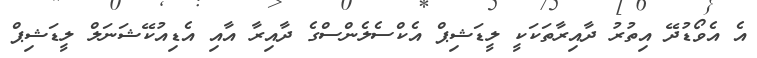
އެ އެވޯޑުދޭ އިތުރު ދާއިރާތަކަކީ ލީޑަޝިޕް އެކްސެލެންސްގެ ދާއިރާ އާއި އެޑިއުކޭޝަނަލް ލީޑަޝިޕް